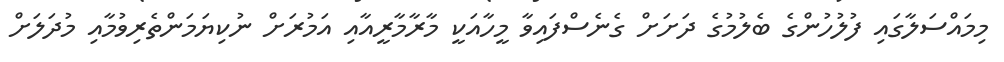
މިމައްސަލާގައި ފުލުހުންގެ ބެލުމުގެ ދަށަށް ގެެނެސްފައިވާ މީހާއަކީ މާރާމާރީއާއި އަމުރަށް ނުކިޔަމަންތެރިވުމާއި މުދަލަށް